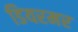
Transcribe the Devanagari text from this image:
डियरमर